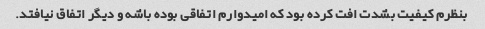
بنظرم کیفیت بشدت افت کرده بود که امیدوارم اتفاقی بوده باشه و دیگر اتفاق نیافتد.